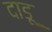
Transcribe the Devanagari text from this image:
दाडू